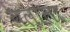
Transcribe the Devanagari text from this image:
वलाला